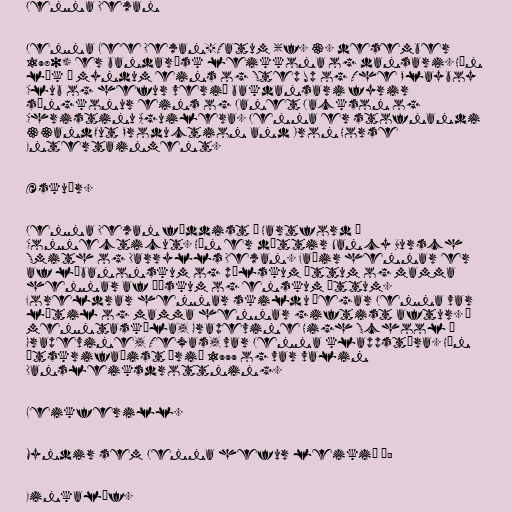
Jenna Dewan

Jenna Lee Dewan-Tatum (f. 3. desember
1980) er bandarísk leikkona og dansari. Hún
lék í myndum eins og Step Up og The Playboy
Club og hefur verið bakdansari fyrir
söngkonur eins og Janet Jackson og
Christinu Aguilera. Jenna er stofnandi
33andOut Production and Iron Horse
Entertainment.

Æskuár.

Jenna Dewan fæddist í Hartford í
Connecticut. Hún er dóttir Nancy Bursch
Smith og Darrylls Dewan. Faðir hennar er
af líbanonskum og pólskum ættum og mamma
hennar af þýskum og enskum ættum.
Foreldrar hennar skildu þegar Jenna var
lítil og mamma hennar giftist aftur. Í
menntaskóla, Grapevine High School í
Grapevine, Texas, var Jenna klappstýra. Hún
útskrifaðist árið 1999 og var valin
Dansleiksdrottning.

Leikferill.

Myndir sem Jenna hefur leikið í:

Einkalíf.